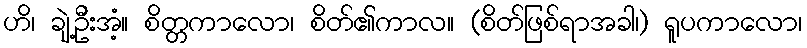
ဟိ၊ ချဲ့ဦးအံ့။ စိတ္တကာလော၊ စိတ်၏ကာလ။ (စိတ်ဖြစ်ရာအခါ၊) ရူပကာလော၊